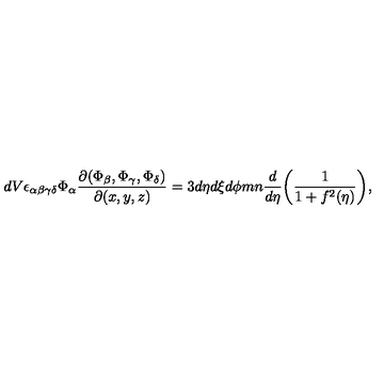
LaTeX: d V \epsilon _ { \alpha \beta \gamma \delta } \Phi _ { \alpha } \frac { \partial { ( \Phi _ { \beta } , \Phi _ { \gamma } , \Phi _ { \delta } ) } } { \partial ( x , y , z ) } = 3 d \eta d \xi d \phi m n \frac { d } { d \eta } \biggl ( \frac { 1 } { 1 + f ^ { 2 } ( \eta ) } \biggr ) ,